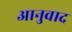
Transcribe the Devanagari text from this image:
आनुवाद